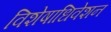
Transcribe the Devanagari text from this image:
विशेषाधिवेशन